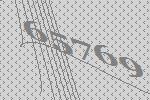
65769